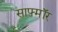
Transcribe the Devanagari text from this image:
साफ्मॉर